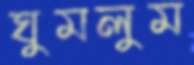
ঘুমলুম